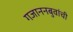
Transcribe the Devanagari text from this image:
गजाननबुवांची